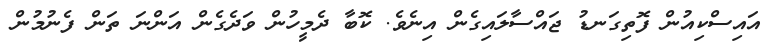
އައިސްކިއުން ފޮތިގަނޑު ޖައްސާލައިގެން އިނެވެ. ކޮބާ ދެމީހުން ވަދެގެން އަންނަ ތަން ފެނުމުން